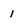
Character: 1